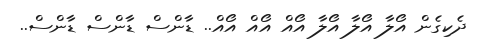
ދެކިގެން އޯލާ އޯލާ އޯލާ އޯއް އޯއް އޯއް.. ޑާންސް ޑާންސް ޑާންސް..